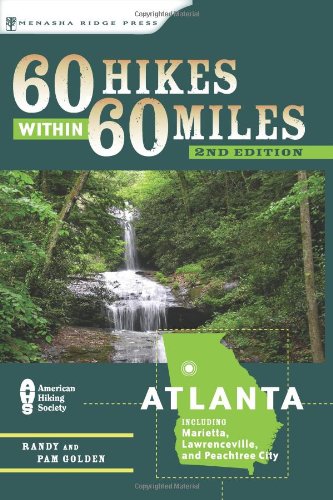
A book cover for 60 Hikes Within 60 Miles: Atlanta: Including Marietta, Lawrenceville, and Peachtree City; Randy Golden; Travel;